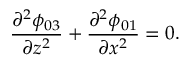
\frac { \partial ^ { 2 } \phi _ { 0 3 } } { \partial z ^ { 2 } } + \frac { \partial ^ { 2 } \phi _ { 0 1 } } { \partial x ^ { 2 } } = 0 .